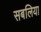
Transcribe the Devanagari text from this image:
सबलिया